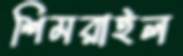
শিমরাইল